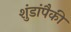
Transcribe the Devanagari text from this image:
शुंडांपैकी